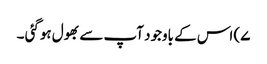
۷) اس کے باوجود آپ سے بھول ہوگئی ۔